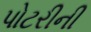
પોટરીની